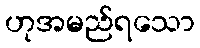
ဟုအမည်ရသော